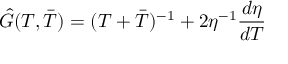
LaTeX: \hat { G } ( T , \bar { T } ) = ( T + \bar { T } ) ^ { - 1 } + 2 \eta ^ { - 1 } \frac { d \eta } { d T }